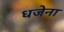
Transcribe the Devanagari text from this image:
धजेना